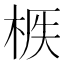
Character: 𣒟